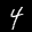
Label: 4